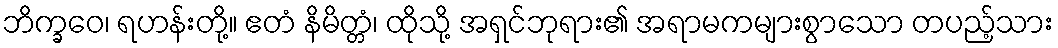
ဘိက္ခဝေ၊ ရဟန်းတို့။ ဧတံ နိမိတ္တံ၊ ထိုသို့ အရှင်ဘုရား၏ အရာမကများစွာသော တပည့်သား